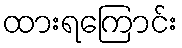
ထားရကြောင်း